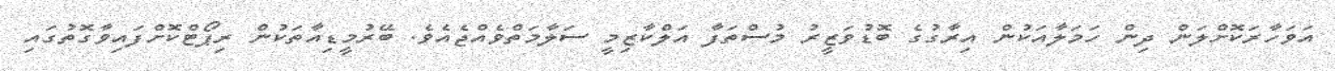
އަވަހާރަކޮށްލަން ދިން ހަމަލާއަކުން އިރާގުގެ ބޮޑުވަޒީރު މުސްތަފާ އަލްކާޒިމީ ސަލާމަތްވެއްޖެއެވެ. ބޭރުމީޑިއާތަކުން ރިޕޯޓްކޮށްފައިވާގޮތުގައި